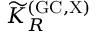
{ \widetilde K } _ { R } ^ { \mathrm { ( G C , X ) } }